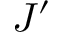
J ^ { \prime }